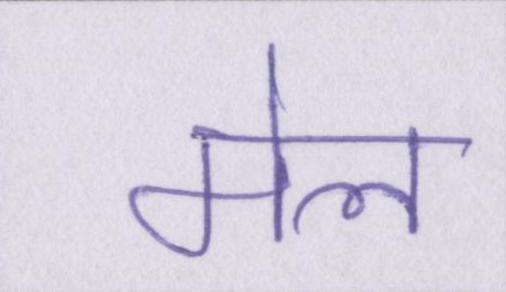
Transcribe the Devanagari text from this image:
मेल